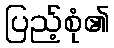
ပြည့်စုံ၏